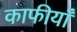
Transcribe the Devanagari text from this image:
काफीयाँ